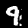
Digit: 9